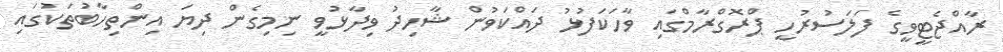
ރާއްޖެޓީވީގެ ފަލަސުރުހީ ޕްރޮގްރާމްގައި ވާހަކަފުޅު ދައްކަވުން ޝާހިދު ވިދާޅުވީ ނިމިގެން ދިޔަ އިންތިހާބުތަކުގައި